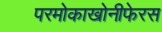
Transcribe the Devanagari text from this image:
परमोकाखोनीफेरस